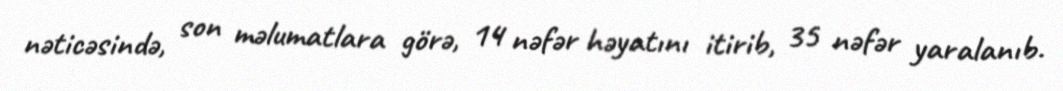
nəticəsində, son məlumatlara görə, 14 nəfər həyatını itirib, 35 nəfər yaralanıb.